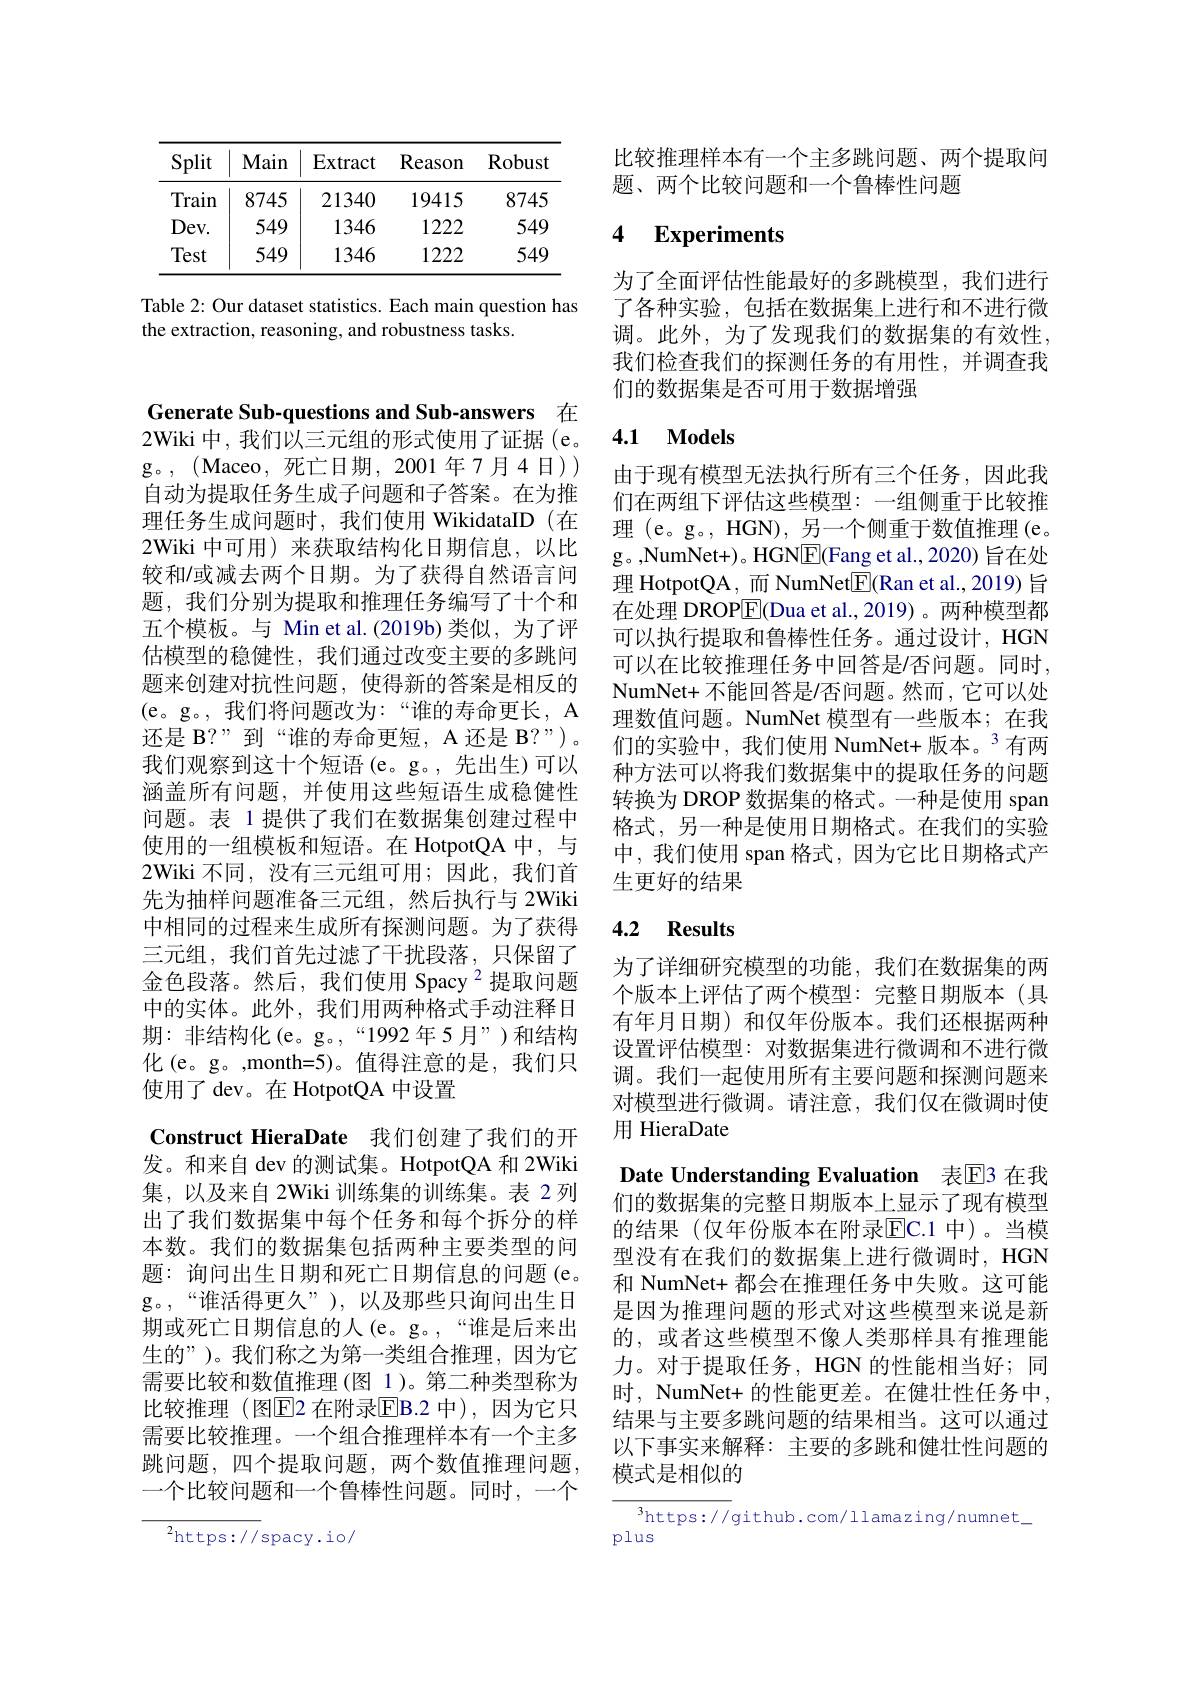
<table>
	<tbody>
		<tr>
			<th>Split</th>
			<th>Main</th>
			<th>$\operatorname{Extract}$</th>
			<th>Reason</th>
			<th>Robust</th>
		</tr>
		<tr>
			<td>Train</td>
			<td>8745</td>
			<td>21340</td>
			<td>19415</td>
			<td>8745</td>
		</tr>
		<tr>
			<td>$Dev.$</td>
			<td>549</td>
			<td>1346</td>
			<td>1222</td>
			<td>549</td>
		</tr>
		<tr>
			<td>Test</td>
			<td>549</td>
			<td>1346</td>
			<td>1222</td>
			<td>549</td>
		</tr>
	</tbody>
</table>

Table 2: Our dataset statistics. Each main question has
the extraction, reasoning, and robustness tasks.

Generate Sub-questions and Sub-answers 在2Wiki 中，我们以三元组的形式使用了证据(e。g。,(Maceo,死亡日期，2001年7月4日)) 自动为提取任务生成子问题和子答案。在为推理任务生成问题时，我们使用 WikidataID (在2Wiki 中可用)来获取结构化日期信息，以比较和/或减去两个日期。为了获得自然语言问题，我们分别为提取和推理任务编写了十个和五个模板。与 Min et al. (2019b) 类似，为了评估模型的稳健性，我们通过改变主要的多跳问题来创建对抗性问题，使得新的答案是相反的(e。g。,我们将问题改为：“谁的寿命更长，A 还是 B?”到“谁的寿命更短，A 还是 B?")。我们观察到这十个短语(e。g。,先出生)可以涵盖所有问题，并使用这些短语生成稳健性问题。表 1 提供了我们在数据集创建过程中使用的一组模板和短语。在 HotpotQA 中，与2Wiki 不同，没有三元组可用；因此，我们首先为抽样问题准备三元组，然后执行与 2Wiki 中相同的过程来生成所有探测问题。为了获得三元组，我们首先过滤了干扰段落，只保留了金色段落。然后，我们使用 Spacy $^{2}$提取问题中的实体。此外，我们用两种格式手动注释日期：非结构化(e。g。,“1992年5月”)和结构化(e。g。,month=5)。值得注意的是，我们只使用了 dev。在 HotpotQA 中设置
Construct HieraDate 我们创建了我们的开发。和来自 dev 的测试集。HotpotQA 和 2Wiki 集，以及来自 2Wiki 训练集的训练集。表 2列出了我们数据集中每个任务和每个拆分的样本数。我们的数据集包括两种主要类型的问题：询问出生日期和死亡日期信息的问题 (e。g。,“谁活得更久”),以及那些只询问出生日期或死亡日期信息的人(e。g。,“谁是后来出生的”)。我们称之为第一类组合推理，因为它需要比较和数值推理(图 1)。第二种类型称为比较推理(图$\overline{\mathrm{E}}$2 在附录$\overline{\mathrm{E}}$B.2 中),因为它只需要比较推理。一个组合推理样本有一个主多跳问题，四个提取问题，两个数值推理问题， 一个比较问题和一个鲁棒性问题。同时，一个

${{^{2}\mathrm{https://}}}$spacy.io/

比较推理样本有一个主多跳问题、两个提取问
题、两个比较问题和一个鲁棒性问题

### 4 $\textbf{Experiments}$

为了全面评估性能最好的多跳模型，我们进行了各种实验，包括在数据集上进行和不进行微调。此外，为了发现我们的数据集的有效性， 我们检查我们的探测任务的有用性，并调查我们的数据集是否可用于数据增强

### 4.1 Models

由于现有模型无法执行所有三个任务，因此我们在两组下评估这些模型：一组侧重于比较推理 (e。g。, HGN), 另一个侧重于数值推理 (e。g。,NumNet+)。HGN$\boxed{\mathrm{F}}($Fang et al.,2020) 旨在处理 HotpotQA, 而 NumNet$\underline{\mathrm{E}}($Ran et al.,2019) 旨在处理 DROP[E](Dua et al.,2019)。两种模型都可以执行提取和鲁棒性任务。通过设计，HGN 可以在比较推理任务中回答是/否问题。同时， NumNet+ 不能回答是/否问题。然而，它可以处理数值问题。NumNet 模型有一些版本；在我们的实验中，我们使用 NumNet+ 版本。$^{3}$有两种方法可以将我们数据集中的提取任务的问题转换为 DROP 数据集的格式。一种是使用 span 格式，另一种是使用日期格式。在我们的实验中，我们使用 span 格式，因为它比日期格式产生更好的结果

## 4.2 Results

为了详细研究模型的功能，我们在数据集的两个版本上评估了两个模型：完整日期版本(具有年月日期)和仅年份版本。我们还根据两种设置评估模型：对数据集进行微调和不进行微调。我们一起使用所有主要问题和探测问题来对模型进行微调。请注意，我们仅在微调时使用 HieraDate

Date Understanding Evaluation 表E3 在我们的数据集的完整日期版本上显示了现有模型的结果(仅年份版本在附录$\overline{\mathrm{EC.1}}$ 中)。当模型没有在我们的数据集上进行微调时，HGN 和 NumNet+ 都会在推理任务中失败。这可能是因为推理问题的形式对这些模型来说是新的，或者这些模型不像人类那样具有推理能力。对于提取任务，HGN 的性能相当好；同时，NumNet+ 的性能更差。在健壮性任务中， 结果与主要多跳问题的结果相当。这可以通过以下事实来解释：主要的多跳和健壮性问题的模式是相似的

$^3$https://github.com/llamazing/numnet\_
plus